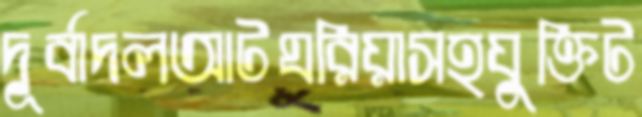
দূর্বাদলআটঘরিয়াসহযুক্তিট